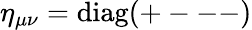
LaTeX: \eta_{\mu\nu}=\mathrm{{diag}}(+---)